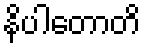
နိပါတောတိ